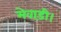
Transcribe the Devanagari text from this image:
मेवाड़ी।